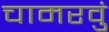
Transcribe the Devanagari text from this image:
चामरवुं